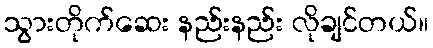
သွားတိုက်ဆေး နည်းနည်း လိုချင်တယ်။